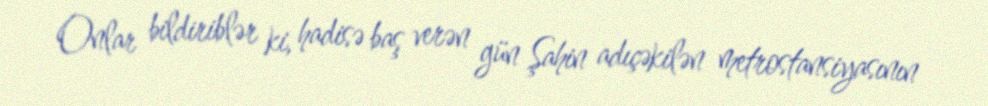
Onlar bildiriblər ki, hadisə baş verən gün Şahin adıçəkilən metrostansiyasının